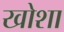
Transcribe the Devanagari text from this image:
खोशा